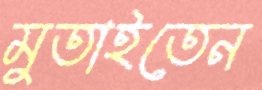
মুতাইতেন